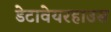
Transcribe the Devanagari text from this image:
डेटावेयरहाउस